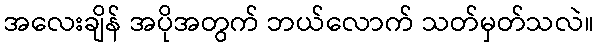
အလေးချိန် အပိုအတွက် ဘယ်လောက် သတ်မှတ်သလဲ။